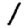
Digit: 1